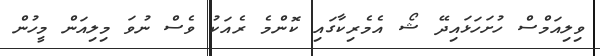
ވިލިއަމްސް ހުށަހަޅައިދޭ ޝޯ އެމެރިކާގައި ކޮންމެ ރެއަކު ވެސް ނުވަ މިލިއަން މީހުން